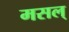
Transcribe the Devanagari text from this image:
मसल्‌